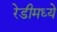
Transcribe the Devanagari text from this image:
रेडीमध्ये